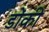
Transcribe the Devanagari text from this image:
डोंकी